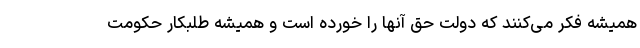
همیشه فکر می‌کنند که دولت حق آنها را خورده است و همیشه طلبکار حکومت